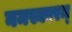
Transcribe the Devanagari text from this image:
नमस्कारम्